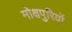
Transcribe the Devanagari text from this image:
मोक्षपुरियों